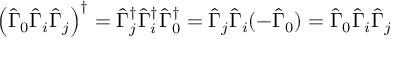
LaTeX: \left( \hat { \Gamma } _ { 0 } \hat { \Gamma } _ { i } \hat { \Gamma } _ { j } \right) ^ { \dagger } = \hat { \Gamma } _ { j } ^ { \dagger } \hat { \Gamma } _ { i } ^ { \dagger } \hat { \Gamma } _ { 0 } ^ { \dagger } = \hat { \Gamma } _ { j } \hat { \Gamma } _ { i } ( - \hat { \Gamma } _ { 0 } ) = \hat { \Gamma } _ { 0 } \hat { \Gamma } _ { i } \hat { \Gamma } _ { j }